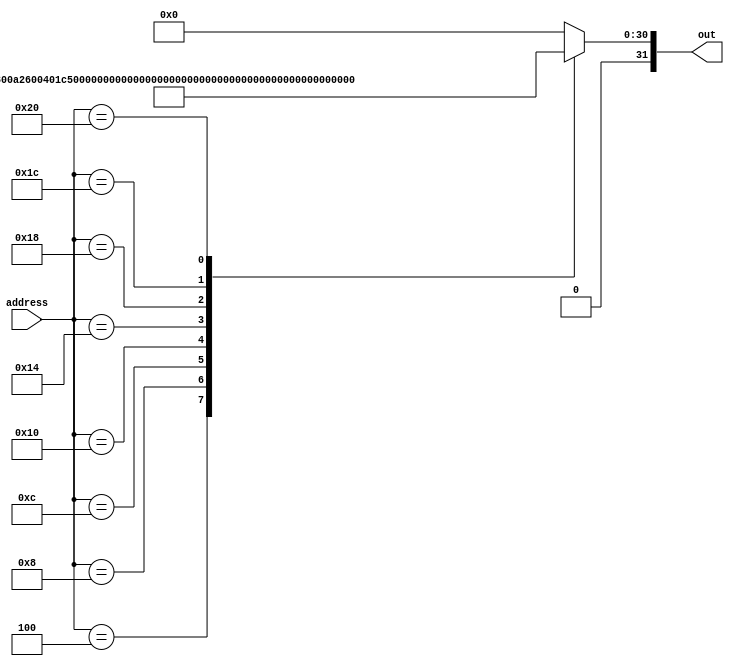
module ROM(out,address);
	output reg [31:0] out;
	input [31:0] address; 
	//input clock;
	always @(address) begin
		case (address)
		
		   /*32'd00: out = 32'h00000000;
			32'd04: out = 32'h00400513;//addi x10,x0,4   0000 0000 0100 0101 0000 0101 0001 0011
			32'd08: out = 32'h00100713; //addi x14,x0,1  0000 0000 0001 0000 0000 0111 0001 0011 
			
			32'd12: out = 32'h00e507b3; // add x15,x10,x14 0000 000 01110 01010 000 01111 0110011 // 0000 0000 1110 0101 0000 0111 1011 0011 //0111 1010
			32'd16: out = 32'h00178813; // addi x16,x15,1 0000 0000 0001 01111 000 10000 0010011 // 0000 0000 0001 0111 1000 1000 0001 0011*/
			
			
			32'd00: out = 32'h00000000;
			/*32'd04: out = 32'b00400513;//addi x10,x0,4   0000 0000 0100 0101 0000 0101 0001 0011
			32'd08: out = 32'b00100713; //addi x14,x0,1  0000 0000 0001 0000 0000 0111 0001 0011 
			
			32'd12: out = 32'h00e507b3; // add x15,x10,x14 0000 000 01110 01010 000 01111 0110011 // 0000 0000 1110 0101 0000 0111 1011 0011 //0111 1010
			32'd16: out = 32'h00178813; // addi x16,x15,1 0000 0000 0001 01111 000 10000 0010011 // 0000 0000 0001 0111 1000 1000 0001 0011
			
			*/                 //imm        rs1 funct3 rd   opcode
	      32'd04: out = 32'b00000000010000000000010100010011;//addi x I-- 
         32'd08: out = 32'b00000000000100000000011100010011;//addi I--
         32'd12: out = 32'b00000000111001010000011110110011; //add R--
         32'd16: out = 32'b00000000111101010010001000010011;//I--
         32'd20: out = 32'b00000000010001010010100000000011;//I--
         32'd24: out = 32'b00000000111110000000001001000111;
         32'd28: out = 32'b00000000111001010100011110110011;//R--
         32'd32: out = 32'b01000000111001010000011000110011;//R--

			
			
			
		
		
			/*32'd00: out = 32'h00450013;//addi x13,x0,4   0000 0000 0100 0101 0000 0000 0001 0011
			32'd04: out = 32'h00100713; //addi x14,x0,1  0000 0000 0001 0000 0000 0111 0001 0011 
			32'd08: out = 32'h00d707b3; // add x15,x14,x13 0000 0000 1101 0111 0000 0111 1011 0011 
			*/
			
			
			/*8'd00: out = 32'h00450693;//addi a3,a0,4   
			8'd04: out = 32'h00100713; //addi a4,x0,1 
			8'd08: out = 32'h00b76463; // bltu a4,a1,10 --Outer Loop:
			8'd12: out = 32'h00008067; //addi x0,x1,0  --Exit Outer Loop:
			8'd16: out = 32'h0006a803; //a6,0(a3) --Continue Outer Loop:
			8'd20: out = 32'h00068613; //a2,a3,0
			8'd24: out = 32'h00070793; //a5,a4,0
			8'd28: out = 32'hffc62883; //a7,-4(a2) --Inner Loop:
			8'd32: out = 32'h01185a63; //a6,a7,34
			8'd36: out = 32'h01162023; //a7,0(a2)
			8'd40: out = 32'hfff78793; //a5,a5,-1
			8'd44: out = 32'hffc60613; //a2,a2,-4
			8'd48: out = 32'hfe0796e3; //a5,x10,1c
			8'd52: out = 32'h00279793; //a5,a5,0x2 --Exit inner loop
			8'd56: out = 32'h00f507b3; //a5,a0,a5
			8'd60: out = 32'h0107a023; //a6,0(a5)
			8'd64: out = 32'h00170713; //a4,a4,1
			8'd68: out = 32'h00468693; //a3,a3,4
			8'd72: out = 32'hfc1ff06f; //x0,8*/
			
			
			
			default:  out = 32'h00000000; 
		endcase
	end
endmodule